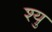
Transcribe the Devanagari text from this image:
श्यु